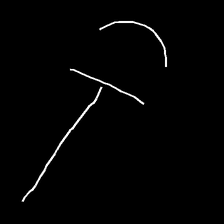
Glyph: dispersion